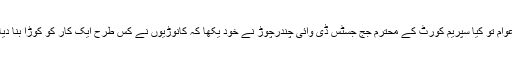
عوام تو کیا سپریم کورٹ کے محترم جج جسٹس ڈی وائی چندرچوڑ نے خود یکھا کہ کانوڑیوں نے کس طرح ایک کار کو کوڑا بنا دیا۔